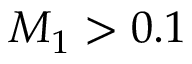
{ M _ { 1 } } > 0 . 1